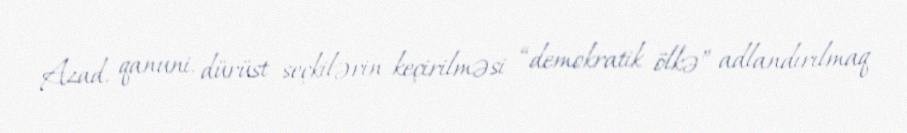
Azad, qanuni, dürüst seçkilərin keçirilməsi “demokratik ölkə” adlandırılmaq